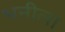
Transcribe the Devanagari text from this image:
भनीला